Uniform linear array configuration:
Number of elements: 24
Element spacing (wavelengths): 0.75
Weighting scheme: blackman
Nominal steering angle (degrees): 15
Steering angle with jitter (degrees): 16.197
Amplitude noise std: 0.05
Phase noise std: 0.05

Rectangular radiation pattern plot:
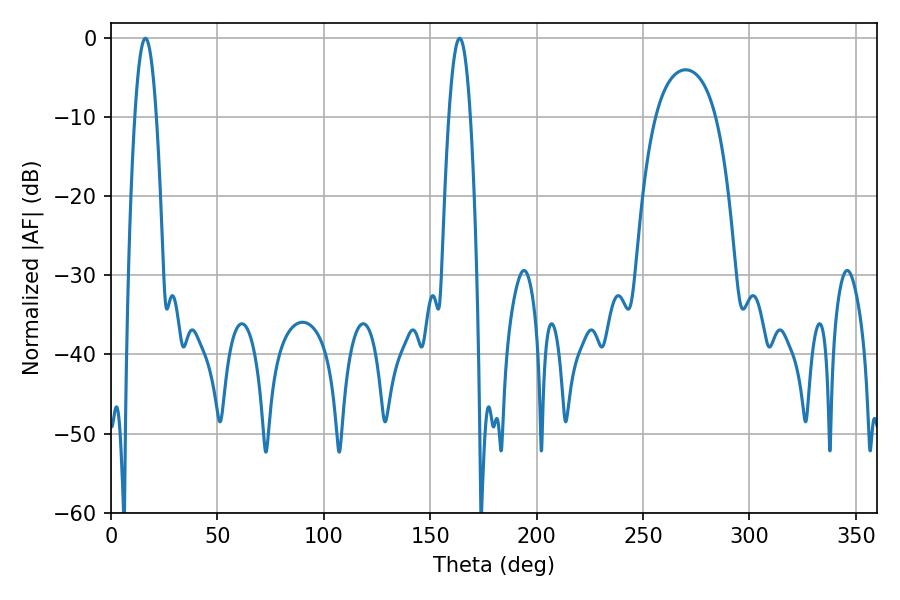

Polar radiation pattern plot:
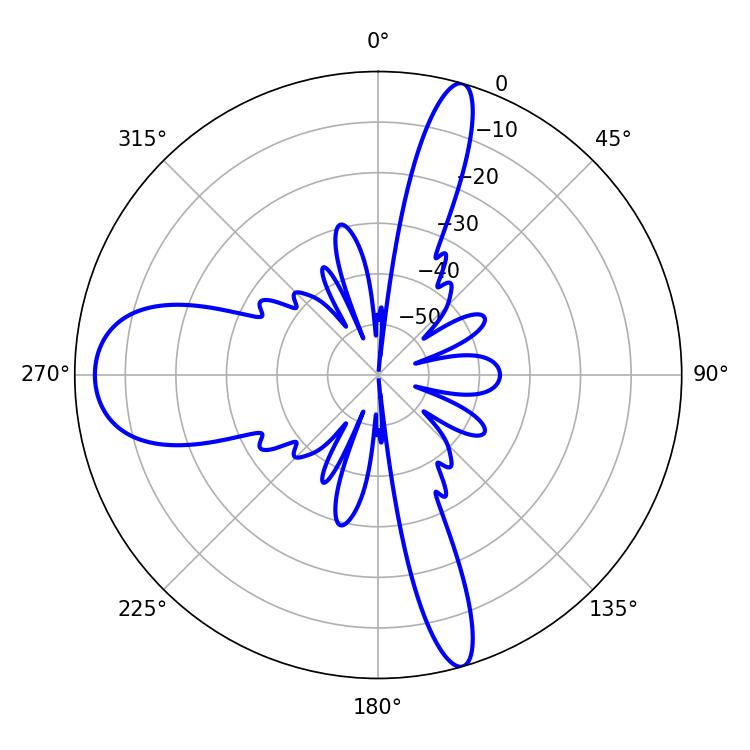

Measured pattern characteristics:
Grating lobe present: TRUE
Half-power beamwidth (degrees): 5.4
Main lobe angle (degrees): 16.2